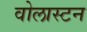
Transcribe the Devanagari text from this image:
वोलास्टन